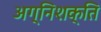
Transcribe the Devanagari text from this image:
अग्निशक्ति